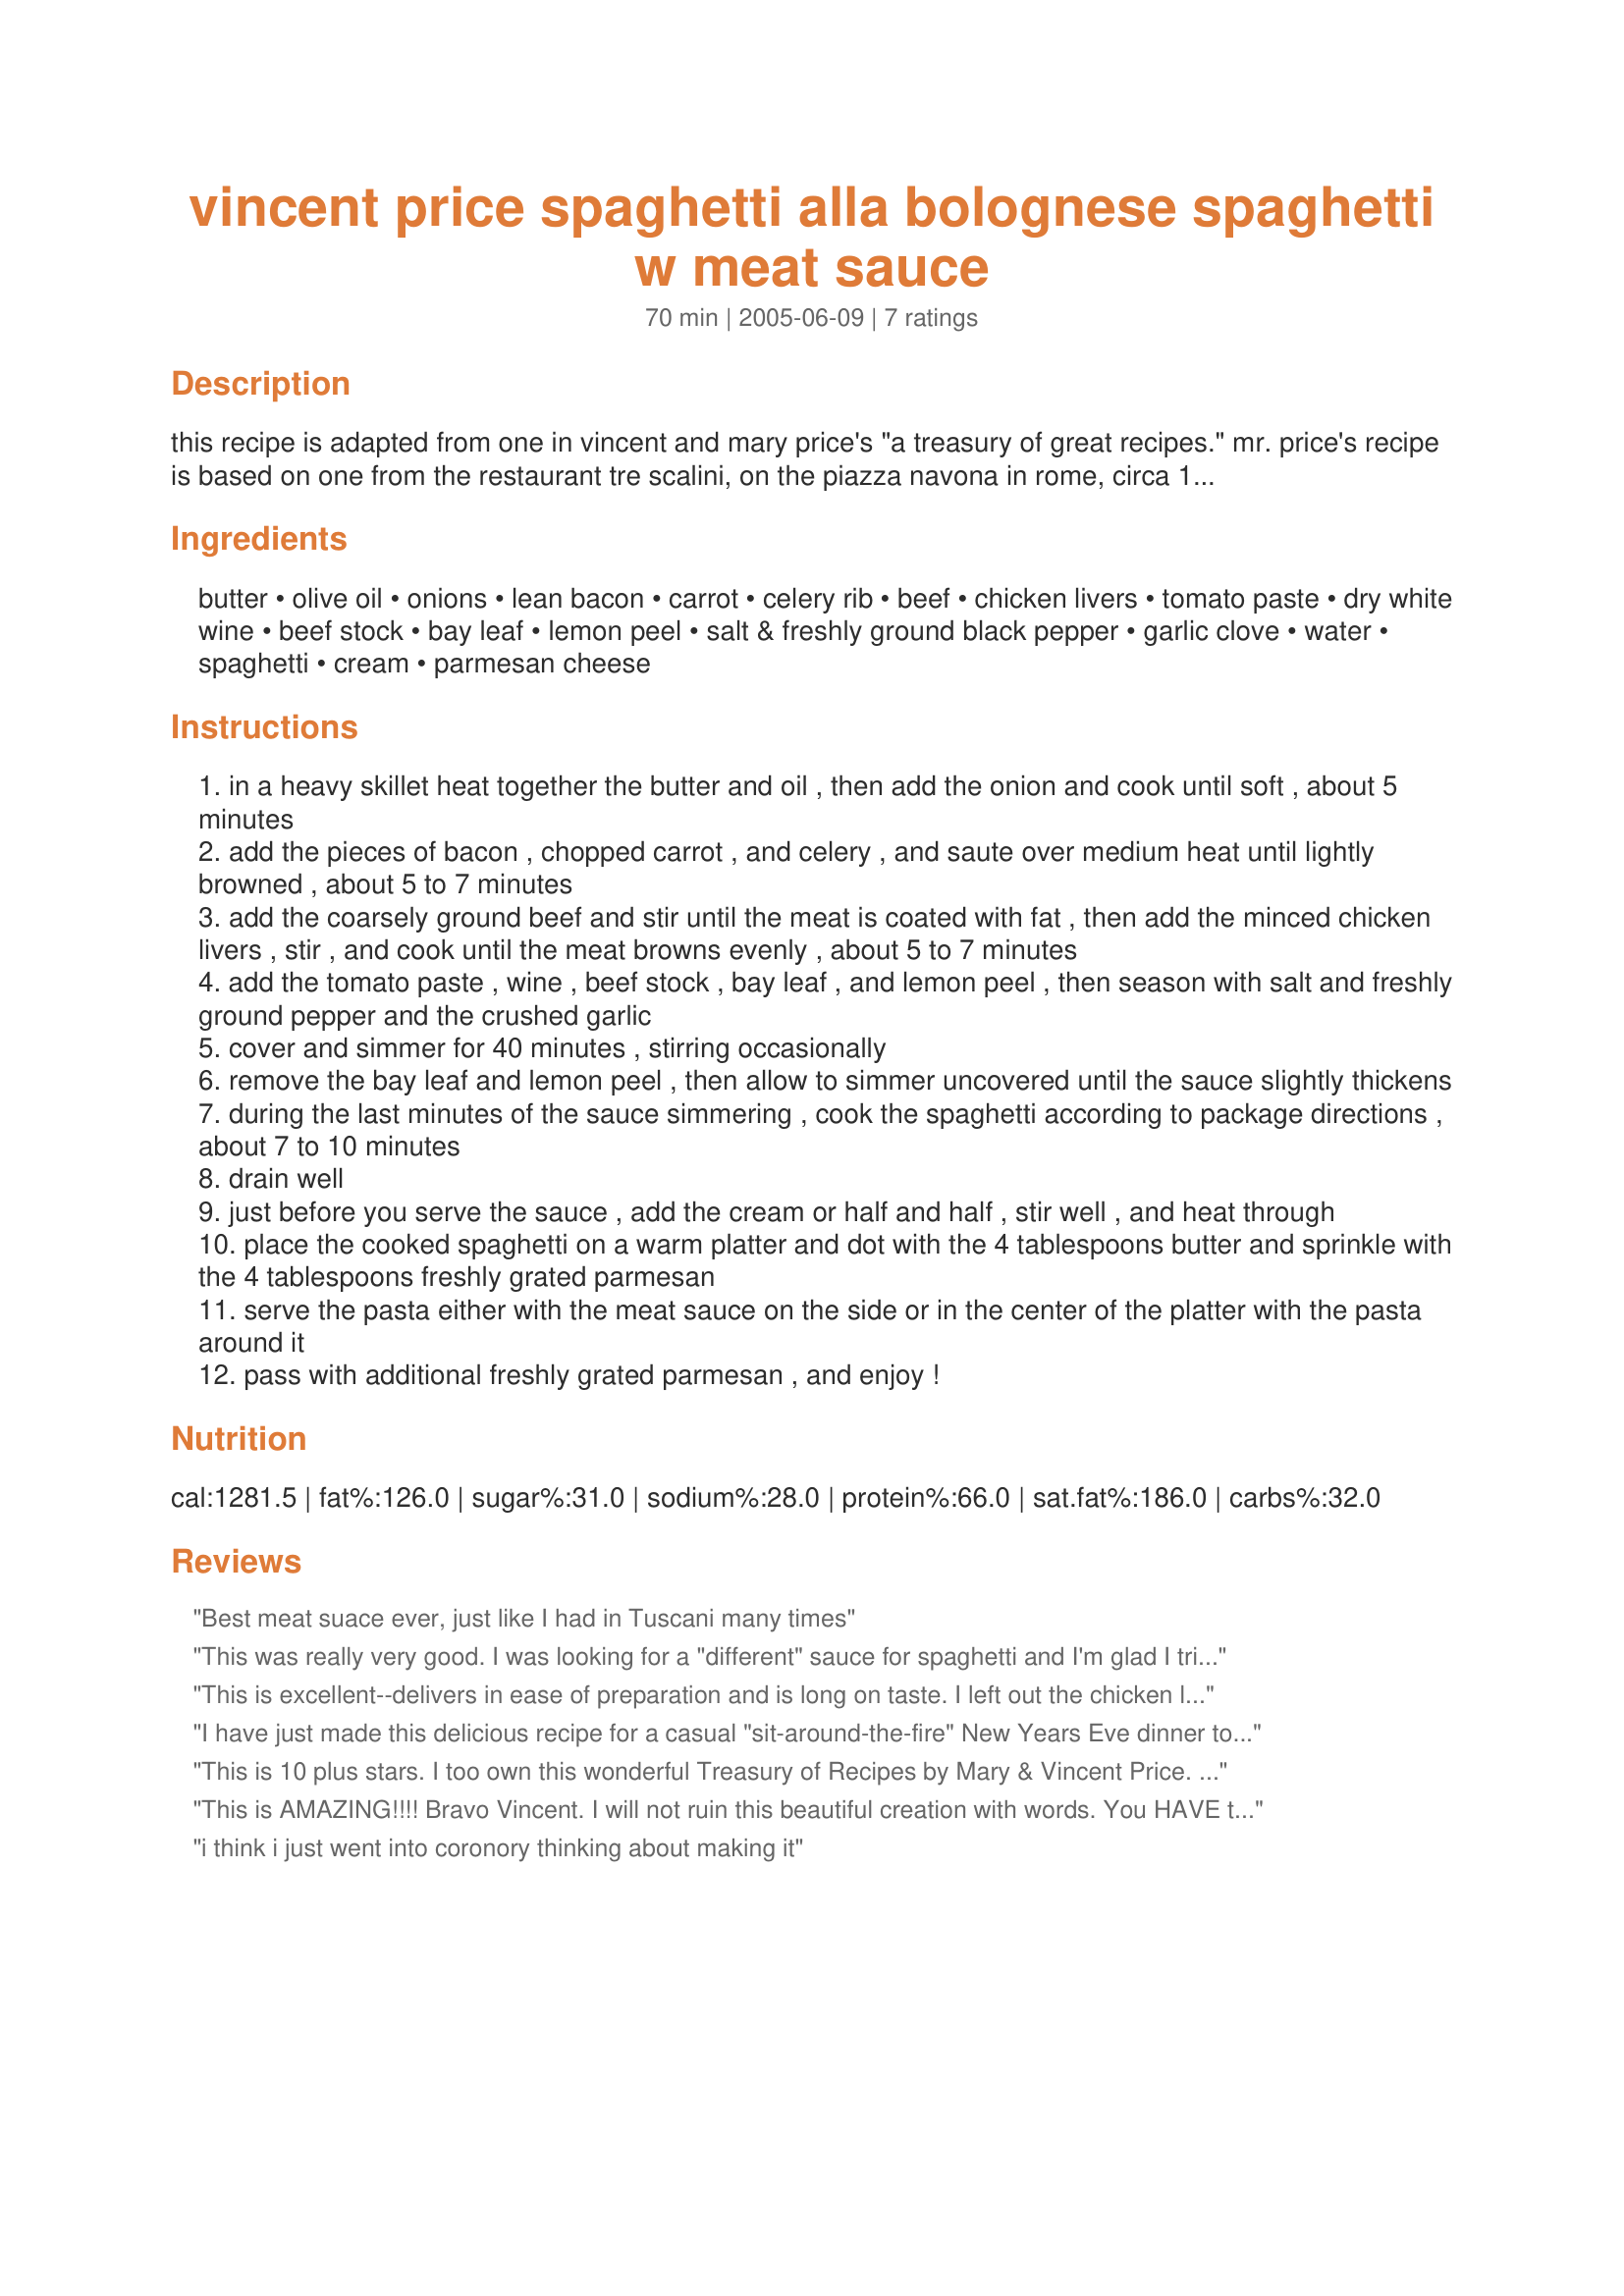
vincent price spaghetti alla bolognese spaghetti w meat sauce
Preparation time: 70 minutes

this recipe is adapted from one in vincent and mary price's "a treasury of great recipes." mr. price's recipe is based on one from the restaurant tre scalini, on the piazza navona in rome, circa 1965. posted by request.

Ingredients:
butter, olive oil, onions, lean bacon, carrot, celery rib, beef, chicken livers, tomato paste, dry white wine, beef stock, bay leaf, lemon peel, salt & freshly ground black pepper, garlic clove, water, spaghetti, cream, parmesan cheese

Steps:
in a heavy skillet heat together the butter and oil , then add the onion and cook until soft , about 5 minutes
add the pieces of bacon , chopped carrot , and celery , and saute over medium heat until lightly browned , about 5 to 7 minutes
add the coarsely ground beef and stir until the meat is coated with fat , then add the minced chicken livers , stir , and cook until the meat browns evenly , about 5 to 7 minutes
add the tomato paste , wine , beef stock , bay leaf , and lemon peel , then season with salt and freshly ground pepper and the crushed garlic
cover and simmer for 40 minutes , stirring occasionally
remove the bay leaf and lemon peel , then allow to simmer uncovered until the sauce slightly thickens
during the last minutes of the sauce simmering , cook the spaghetti according to package directions , about 7 to 10 minutes
drain well
just before you serve the sauce , add the cream or half and half , stir well , and heat through
place the cooked spaghetti on a warm platter and dot with the 4 tablespoons butter and sprinkle with the 4 tablespoons freshly grated parmesan
serve the pasta either with the meat sauce on the side or in the center of the platter with the pasta around it
pass with additional freshly grated parmesan , and enjoy !

Reviews:
Best meat suace ever, just like I had in Tuscani many times
This was really very good. I was looking for a "different" sauce for spaghetti and I'm glad I tried this one. It is a bit on the rich side, but who cares ;-). Only thing I did differently was to use more garlic cloves, I like garlic. Thanks.
This is excellent--delivers in ease of preparation and is long on taste. I left out the chicken livers as well and can only get limes where I live, so I used lime peel instead. Worked just fine. Yum! Thanks for sharing.
I have just made this delicious recipe for a casual "sit-around-the-fire" New Years Eve dinner tonight, it is so delicious. As my husband and I don't eat offal of any kind, I ommitted the chicken livers and used dry red wine instead of white. Still so yummy!!!
This is 10 plus stars. I too own this wonderful Treasury of Recipes by Mary & Vincent Price. I've made this recipe over dozens of times. My book is stained, dog-eared & well-worn. The best thing (besides the wonderful recipes) are the stories behind the recipes. I read this like a story book. I was lucky enough to receive this as a gift many, many years ago. If you can get your hands on a copy, grab it. Thanks Julesong for bringing this great cook book to the attention of others.
This is AMAZING!!!!
Bravo Vincent. I will not ruin this beautiful creation with words. You HAVE to make this.
i think i just went into coronory thinking about making it
